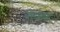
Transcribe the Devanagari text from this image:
नेरंजना